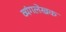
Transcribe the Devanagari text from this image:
व्यंगलेखक